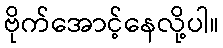
ဗိုက်အောင့်နေလို့ပါ။